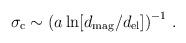
LaTeX: \begin{align*}\sigma_\mathrm{c} \sim \left( a \ln[d_{\rm mag}/d_{\rm el}] \right)^{-1} \, .\end{align*}